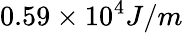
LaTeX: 0.59\times 10^{4}J/m